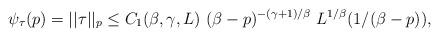
LaTeX: \begin{align*} \psi_{\tau}(p) = ||\tau||_p \le C_1(\beta,\gamma,L) \ (\beta - p)^{-(\gamma + 1)/\beta} \ L^{1/\beta}(1/(\beta - p)),\end{align*}